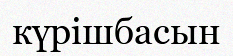
күрішбасын